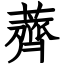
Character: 薺